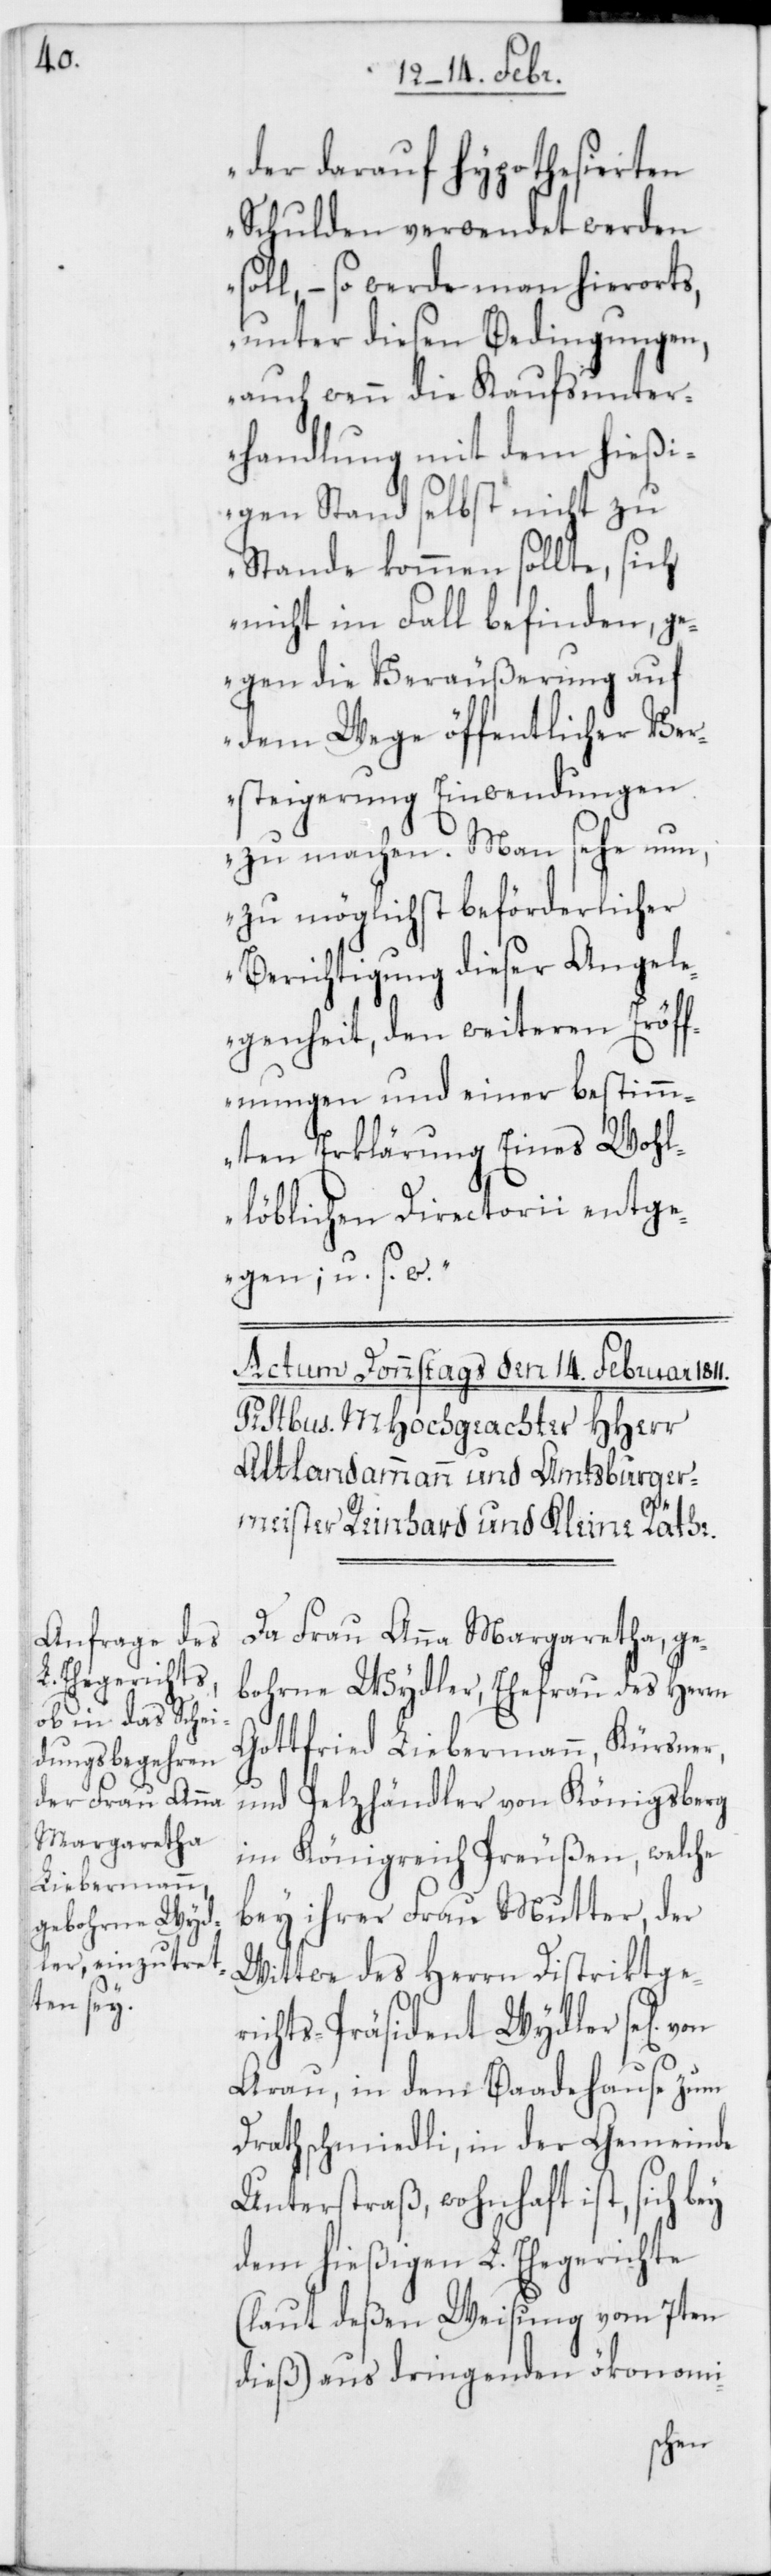
der darauf hypothesierten
Schulden verwendet werden
soll, – so werde man hierorts,
unter diesen Bedingungen,
auch wenn die Kaufsunter¬
handlungen mit dem hießi¬
gen Stand selbst nicht zu
Stande kommen sollte, sich
nicht im Fall befinden, ge¬
gen die Veräußerung auf
dem Wege öffentlicher Ver¬
steigerung Einwendungen
zu machen. Man sehe nun,
zu möglichst beförderlicher
Berichtigung dieser Angele¬
genheit, den weiteren Eröf¬
fnungen und einer bestim¬
mten Erklärung Eines Wohl¬
löblichen Directorii entge¬
nen; u. s. w.“
Da Frau Anna Margaretha, ge¬
bohrne Wydler, Ehefrau des Herrn
Gottfried Liebermann, Kürsner
und Pelzhändler von Königsberg
im Königreich Preußen, welche
bey hrer Frau Mutter, der
Wittwe des Herrn Distriktge¬
richts-Präsident Wydler se[lig]
Aarau, in dem Badehause zum
Drathschmiedli, in der Gemeinde
Unterstraß, wohnhaft ist, sich
dem hießigen L. Ehegerichte
(laut deßen Weisung vom 7ten
dieß) aus dringenden ökonomi-